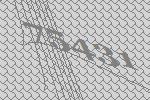
75431